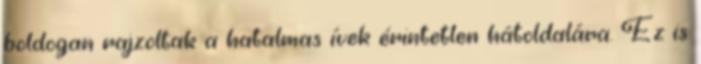
boldogan rajzoltak a hatalmas ívek érintetlen hátoldalára. Ez is